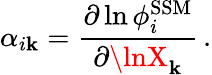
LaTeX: \alpha_{i\mathbf{k}}=\frac{{\partial\ln\phi_{i}^{\mathrm{{SSM}}}}}{{\partial\lnX_{\mathbf{k}}}}\, .